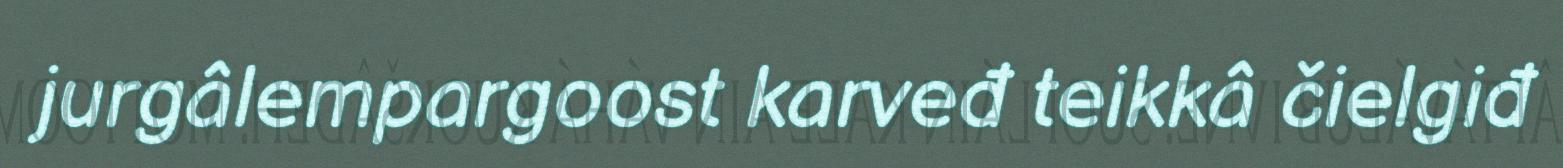
jurgâlempargoost karveđ teikkâ čielgiđ